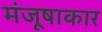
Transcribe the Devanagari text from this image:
मंजूषाकार